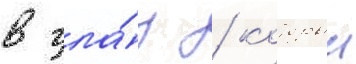
в гла́з / которыи